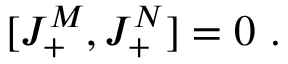
[ J _ { + } ^ { M } , J _ { + } ^ { N } ] = 0 \ .